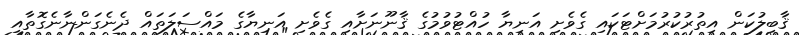
ޤާބިލުކަން އިތުރުކުރުމަށްޓަކައި ގެވެށި އަނިޔާ ހުއްޓުވުމުގެ ޤާނޫނަށާއި ގެވެށި އަނިޔާގެ މައްސަލަތައް ދެނެގަންނާނެގޮތާއި